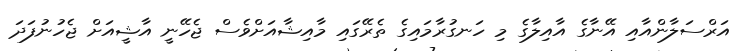
އަރްސަލާންއާއި އޭނާގެ އާއިލާގެ މި ހަނގުރާމައިގެ ތެރޭގައި މާއިޝާއަށްވެސް ޖެހޭނީ އާޝީއަށް ޖެހުނުފަދަ